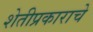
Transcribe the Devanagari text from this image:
शेतीप्रकाराचे